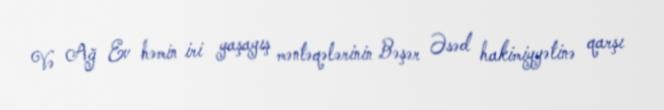
Və Ağ Ev həmin iri yaşayış məntəqələrinin Bəşər Əsəd hakimiyyətinə qarşı